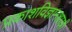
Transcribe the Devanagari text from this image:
प्रकाशविज्ञानशास्री